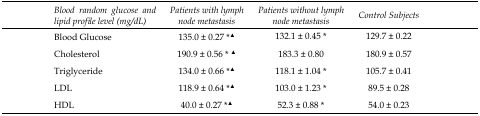
<table><thead><tr><td><b>Blood random glucose and lipid profile level (mg/dL)</b></td><td><b>Patients with lymph node metastasis</b></td><td><b>Patients without lymph node metastasis</b></td><td><b>Control Subjects</b></td></tr></thead><tbody><tr><td>Blood Glucose</td><td>135.0 ± 0.27 *<sup>▲</sup></td><td>132.1 ± 0.45 *</td><td>129.7 ± 0.22</td></tr><tr><td>Cholesterol</td><td>190.9 ± 0.56 *<sup>▲</sup></td><td>183.3 ± 0.80</td><td>180.9 ± 0.57</td></tr><tr><td>Triglyceride</td><td>134.0 ± 0.66 *<sup>▲</sup></td><td>118.1 ± 1.04 *</td><td>105.7 ± 0.41</td></tr><tr><td>LDL</td><td>118.9 ± 0.64 *<sup>▲</sup></td><td>103.0 ± 1.23 *</td><td>89.5 ± 0.28</td></tr><tr><td>HDL</td><td>40.0 ± 0.27 *<sup>▲</sup></td><td>52.3 ± 0.88 *</td><td>54.0 ± 0.23</td></tr></tbody></table>